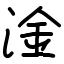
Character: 淦